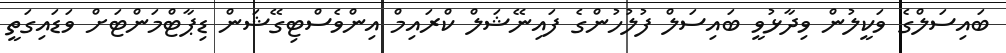
ބައިސަލްގެ ވަކީލުން ވިދާޅުވީ ބައިސަލް ފުލުހުންގެ ފައިނޭޝަލް ކްރައިމް އިންވެސްޓިގޭޝަން ޑިޕާޓްމަންޓަށް ވަޑައިގަތީ